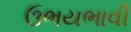
ઉભયભાવી